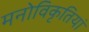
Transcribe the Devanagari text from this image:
मनोविकृतियां